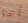
أعز